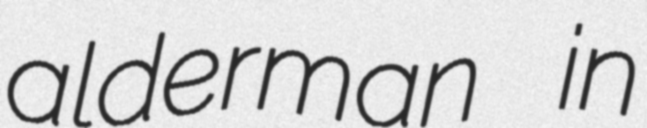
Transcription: alderman in